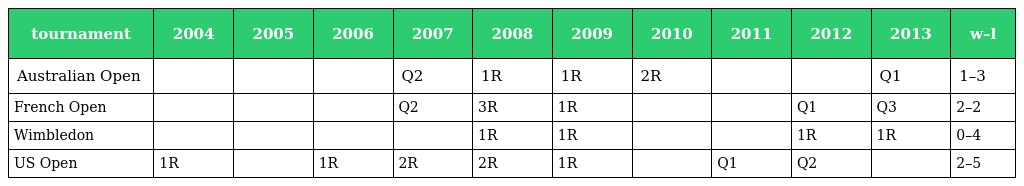
| tournament | 2004 | 2005 | 2006 | 2007 | 2008 | 2009 | 2010 | 2011 | 2012 | 2013 | w–l |
 | --- | --- | --- | --- | --- | --- | --- | --- | --- | --- | --- | --- |
 | Australian Open |  |  |  | Q2 | 1R | 1R | 2R |  |  | Q1 | 1–3 |
 | French Open |  |  |  | Q2 | 3R | 1R |  |  | Q1 | Q3 | 2–2 |
 | Wimbledon |  |  |  |  | 1R | 1R |  |  | 1R | 1R | 0–4 |
 | US Open | 1R |  | 1R | 2R | 2R | 1R |  | Q1 | Q2 |  | 2–5 |